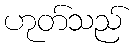
ဟုတ်သည်